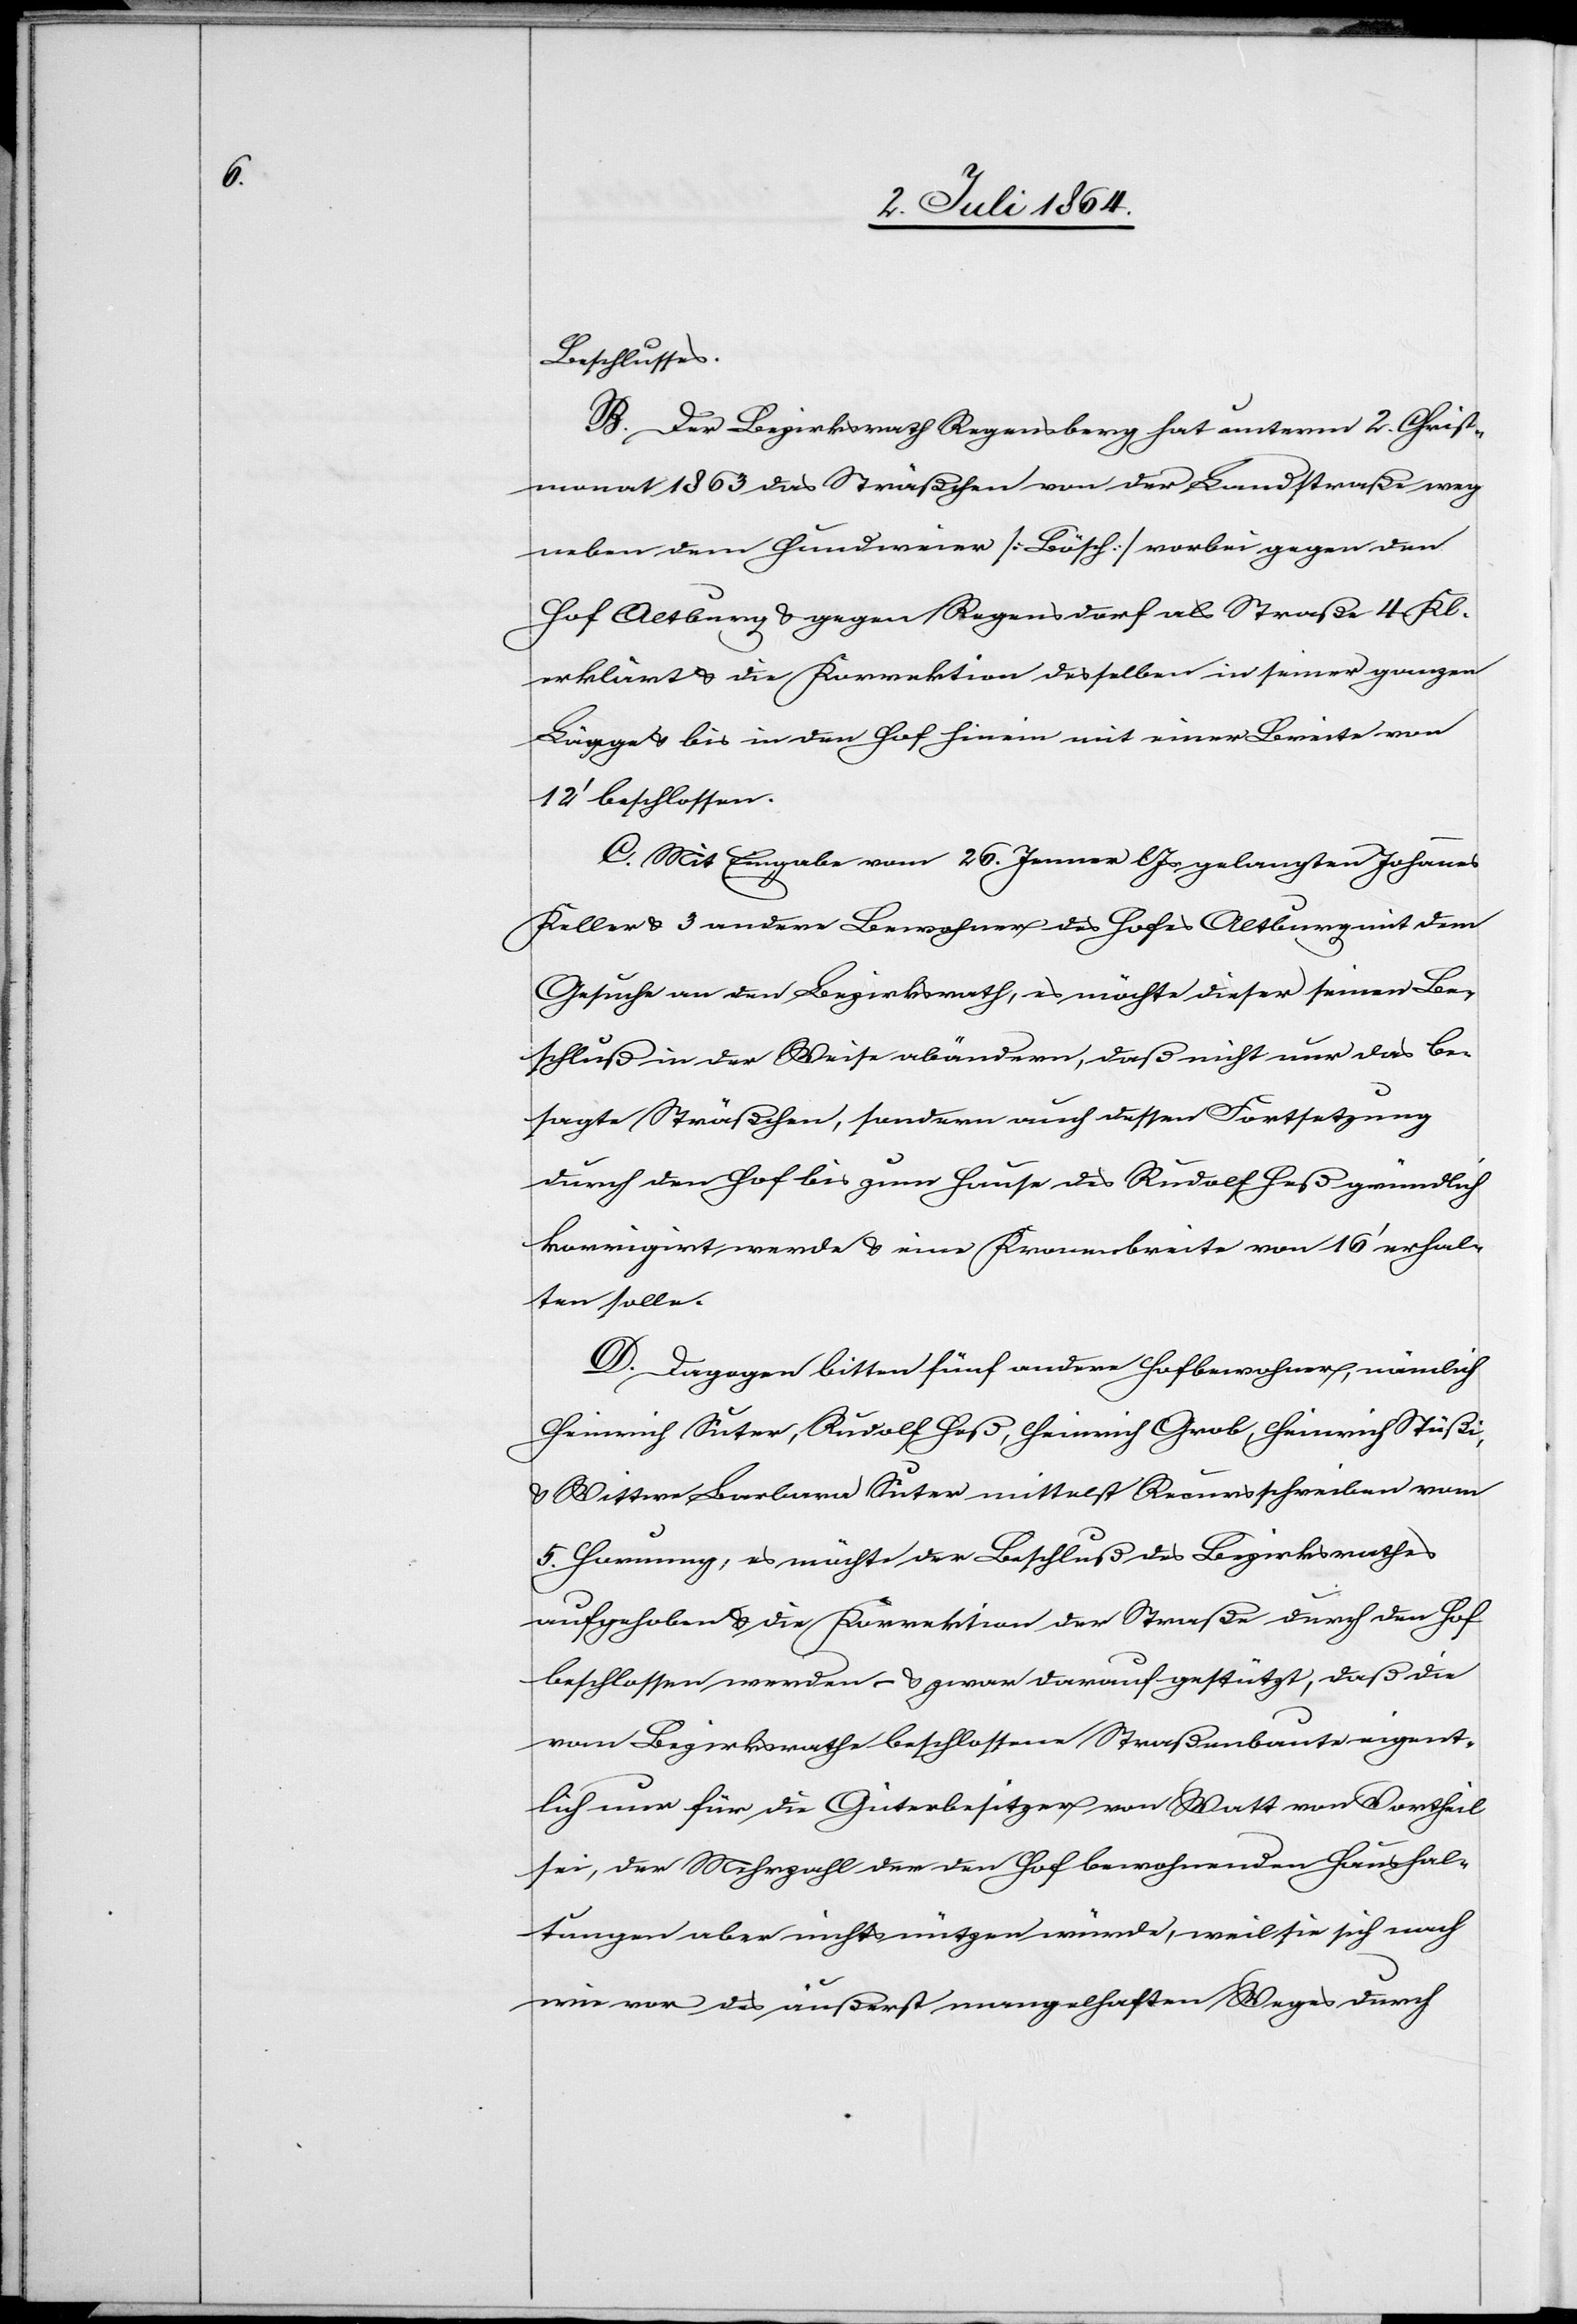
Beschlusses.
B. Der Bezirksrath Regensberg hat unterm 2. Christ¬
monat 1863 das Sträßchen von der Landstraße weg
neben dem Hundweier [Bösch] vorbei gegen den
Hof Altburg u. gegen Regensdorf als Straße 4. Kl.
erklärt u. die Korrektion desselben in seiner ganzen
Länge u. bis in den Hof hinein mit einer Breite von
12’ beschlossen.
C. Mit Eingabe vom 26. Jenner l. Js. gelangten Johannes
Keller u. 3 andere Bewohner des Hofes Altburg mit dem
Gesuche an den Bezirksrath, es möchte dieser seinen Be¬
schluß in der Weise abändern, daß nicht nur das be¬
sagte Sträßchen, sondern auch dessen Fortsetzung
durch den Hof bis zum Hause des Rudolf Heß gründlich
korrigirt werde u. eine Kronenbreite von 16’ erhal¬
ten solle.
D. Dagegen bitten fünf andere Hofbewohner, nämlich
Heinrich Suter, Rudolf Heß, Heinrich Grob, Heinrich Stüßi
u. Wittwe Barbara Suter mittelst Recursschreiben vom
5. Hornung, es möchte der Beschluß des Bezirksrathes
aufgehoben u. die Korrektion der Straße durch den Hof
beschlossen werden – u. zwar darauf gestützt, daß die
vom Bezirksrathe beschlossene Straßenbaute eigent¬
lich nur für die Güterbesitzer von Watt von Vortheil
sei, der Mehrzahl der den Hof bewohnenden Haushal¬
tungen aber nichts nützen würde, weil sie sich nach
wie vor des äußerst mangelhaften Weges durch